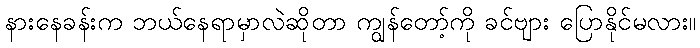
နားနေခန်းက ဘယ်နေရာမှာလဲဆိုတာ ကျွန်တော့်ကို ခင်ဗျား ပြောနိုင်မလား။